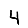
Digit: 4